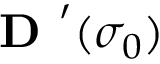
\textbf { D } ^ { \prime } ( \sigma _ { 0 } )